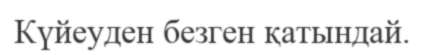
Күйеуден безген қатындай.